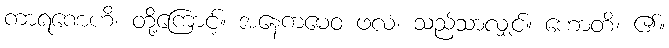
ကာရဏေဟိ၊ တို့ကြောင့်။ အနေကမေဝ ဖလံ၊ သည်သာလျှင်။ ဟောတိ၊ ၏။